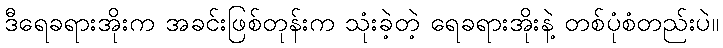
ဒီရေခရားအိုးက အခင်းဖြစ်တုန်းက သုံးခဲ့တဲ့ ရေခရားအိုးနဲ့ တစ်ပုံစံတည်းပဲ။